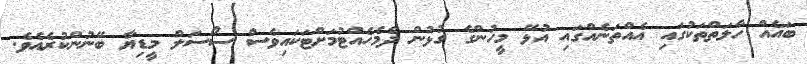
ބައެއް ހާލަތްތަކުގައި އެއްތަނެއްގައި އުޅޭ މީހުންގެ ގުޅުން ދެމެހެއްޓުމަށްޓަަކައިވެސް ސޯސަލް މީޑިޔާ ބޭނުންކުރެއެވެ.